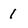
Character: 1